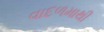
વાદળમાથી